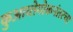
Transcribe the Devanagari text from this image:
कुआव्तेमोकनंतरचा